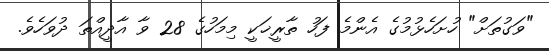
"ވަގުތަށް" ހުށަހެޅުމުގެ އެންމެ ފަހު ތާރީޚަކީ މިމަހުގެ 28 ވާ އާދީއްތަ ދުވަހެވެ.